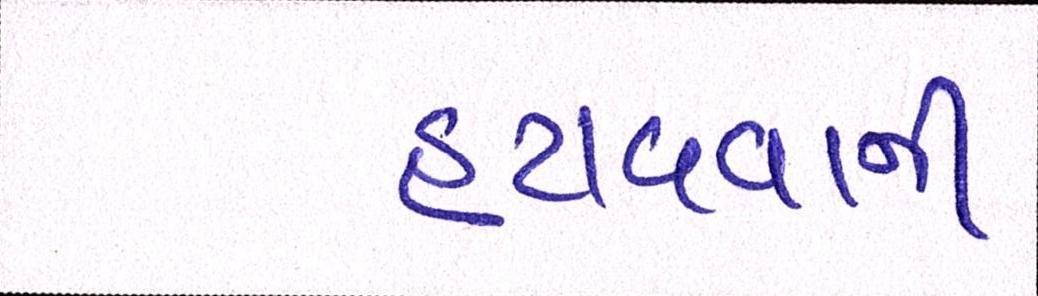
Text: હટાવવાની